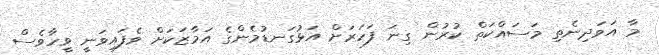
މާ އަވަދިނެތި މަސައްކަތް ކުރުން ގިނަ ފަހަރަށް އަޅުގަނޑުމެންގެ އަމާޒަކަށް ވެފައިވަނީ ވީހާވެސް